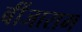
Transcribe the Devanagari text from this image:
बींजाराम